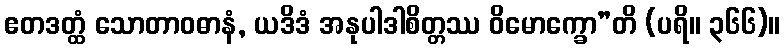
ဧတဒတ္ထံ သောတာဝဓာနံ, ယဒိဒံ အနုပါဒါစိတ္တဿ ဝိမောက္ခော”တိ (ပရိ။ ၃၆၆)။